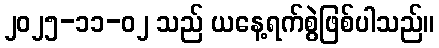
၂၀၂၅-၁၁-၀၂ သည် ယနေ့ရက်စွဲဖြစ်ပါသည်။